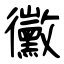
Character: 黴